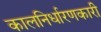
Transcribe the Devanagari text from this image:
कालनिर्धारणकारी